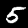
Digit: 5